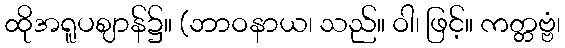
ထိုအရူပဈာန်၌။ (ဘာဝနာယ၊ သည်။ ဝါ၊ ဖြင့်။ ကတ္တဗ္ဗံ၊